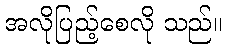
အလိုပြည့်စေလို သည်။